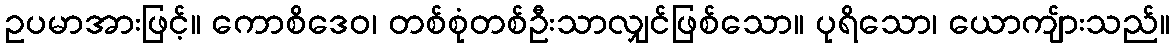
ဥပမာအားဖြင့်။ ကောစိဒေဝ၊ တစ်စုံတစ်ဦးသာလျှင်ဖြစ်သော။ ပုရိသော၊ ယောကျ်ားသည်။